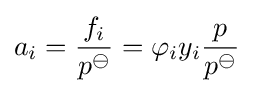
a_{i}={\frac {f_{i}}{p^{\ominus }}}=\varphi _{i}y_{i}{\frac {p}{p^{\ominus }}}